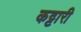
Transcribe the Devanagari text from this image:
कट्टारी